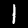
Digit: 1